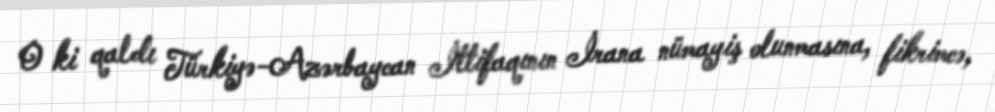
O ki qaldı Türkiyə-Azərbaycan İttifaqının İrana nümayiş olunmasına, fikrimcə,